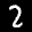
Label: 2